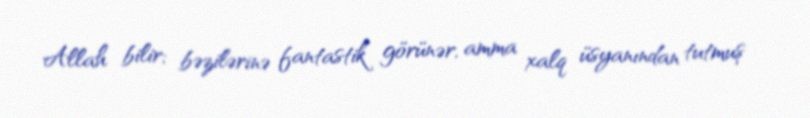
Allah bilir; bəzilərinə fantastik görünər, amma xalq üsyanından tutmuş